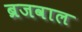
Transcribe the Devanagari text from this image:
ब्रजवाल